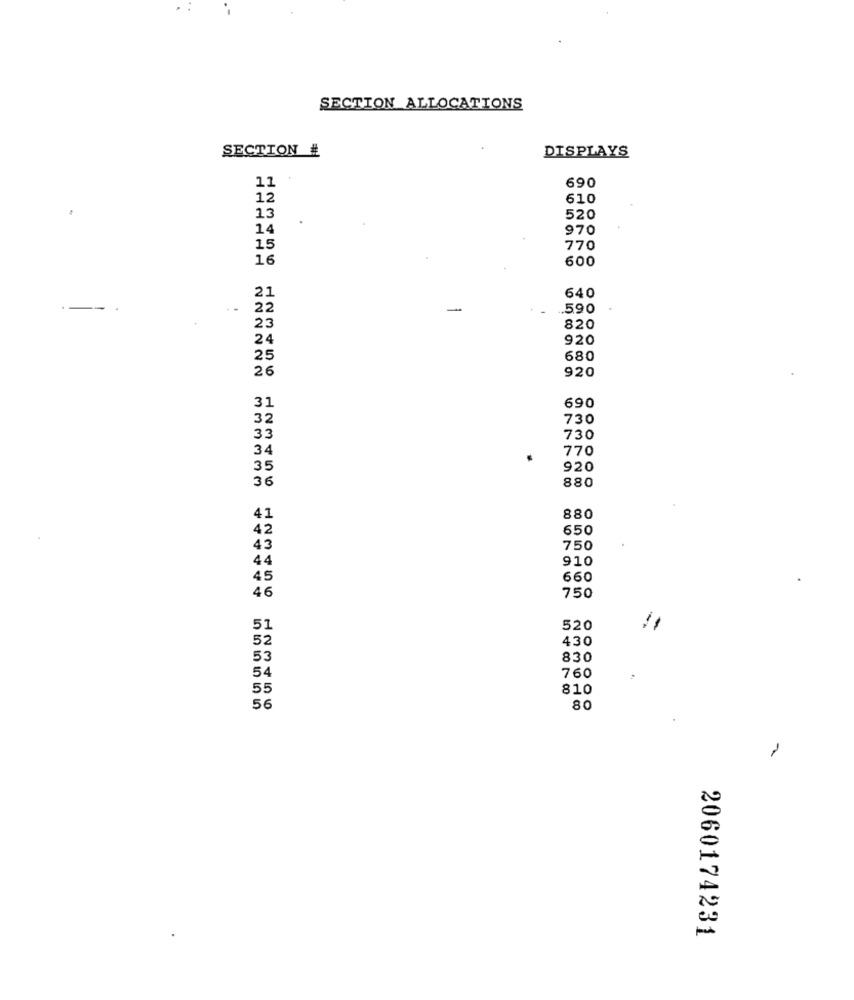
SECTION ALLOCATIONS
SECTION #
DISPLAYS
690
11
12
610
13
520
14
970
15
770
16
600
21
640
..
22
.590
23
820
24
920
25
680
26
920
31
690
32
730
33
730
34
770
35
920
36
880
41
880
42
650
43
750
44
910
45
660
46
750
51
520
52
430
53
830
54
760
55
810
56
80
2060174231